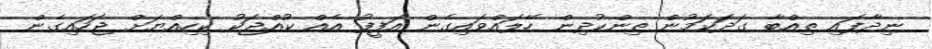
ނިދާފައި ތިއްބާ ގަދަކަމުން ތިންކުދިން ހޭލައްވައިގެން އަފީފު އެއް ކުއްޖަކު ކިހިއްޔަށް ޖަހައިގެން